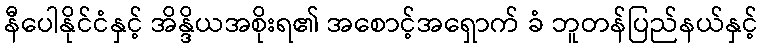
နီပေါနိုင်ငံနှင့် အိန္ဒိယအစိုးရ၏ အစောင့်အရှောက် ခံ ဘူတန်ပြည်နယ်နှင့်